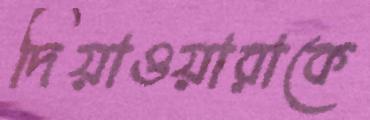
দিয়াওয়ারাকে